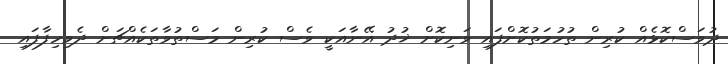
ދުވަސްކޮޅެއް ކުރިން ތުހުމަތުކޮށްފައި ވަނިކޮށް ޚުދު އޭނާއަކީ ވެސް ކުރިން މަސްތުވާތަކެއްޗަށް ދެވިހިފާފައި